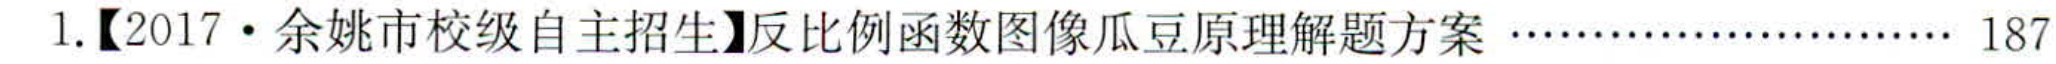
1.【2017·余姚市校级自主招生】反比例函数图像瓜豆原理解题方案……………………… 187